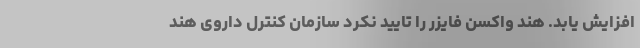
افزایش یابد. هند واکسن فایزر را تایید نکرد سازمان کنترل داروی هند